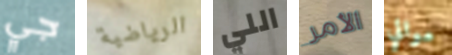
جي الرياضية اللي الأمر موالي